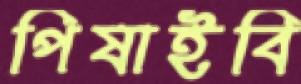
পিষাইবি